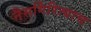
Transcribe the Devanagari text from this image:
नैसर्गिरित्याच